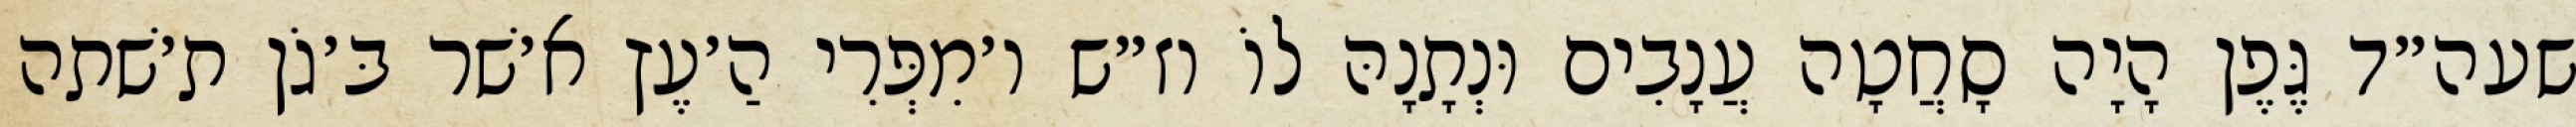
שעה״ד גֶּפֶן הָיָה סָחֲטָה עֲנָבִים וּנְתָנָהּ לוֹ וז״ש ו׳מִפְּרִי הַ׳עֶץ א׳שׁר בּ׳גֹן ת׳שׁתה